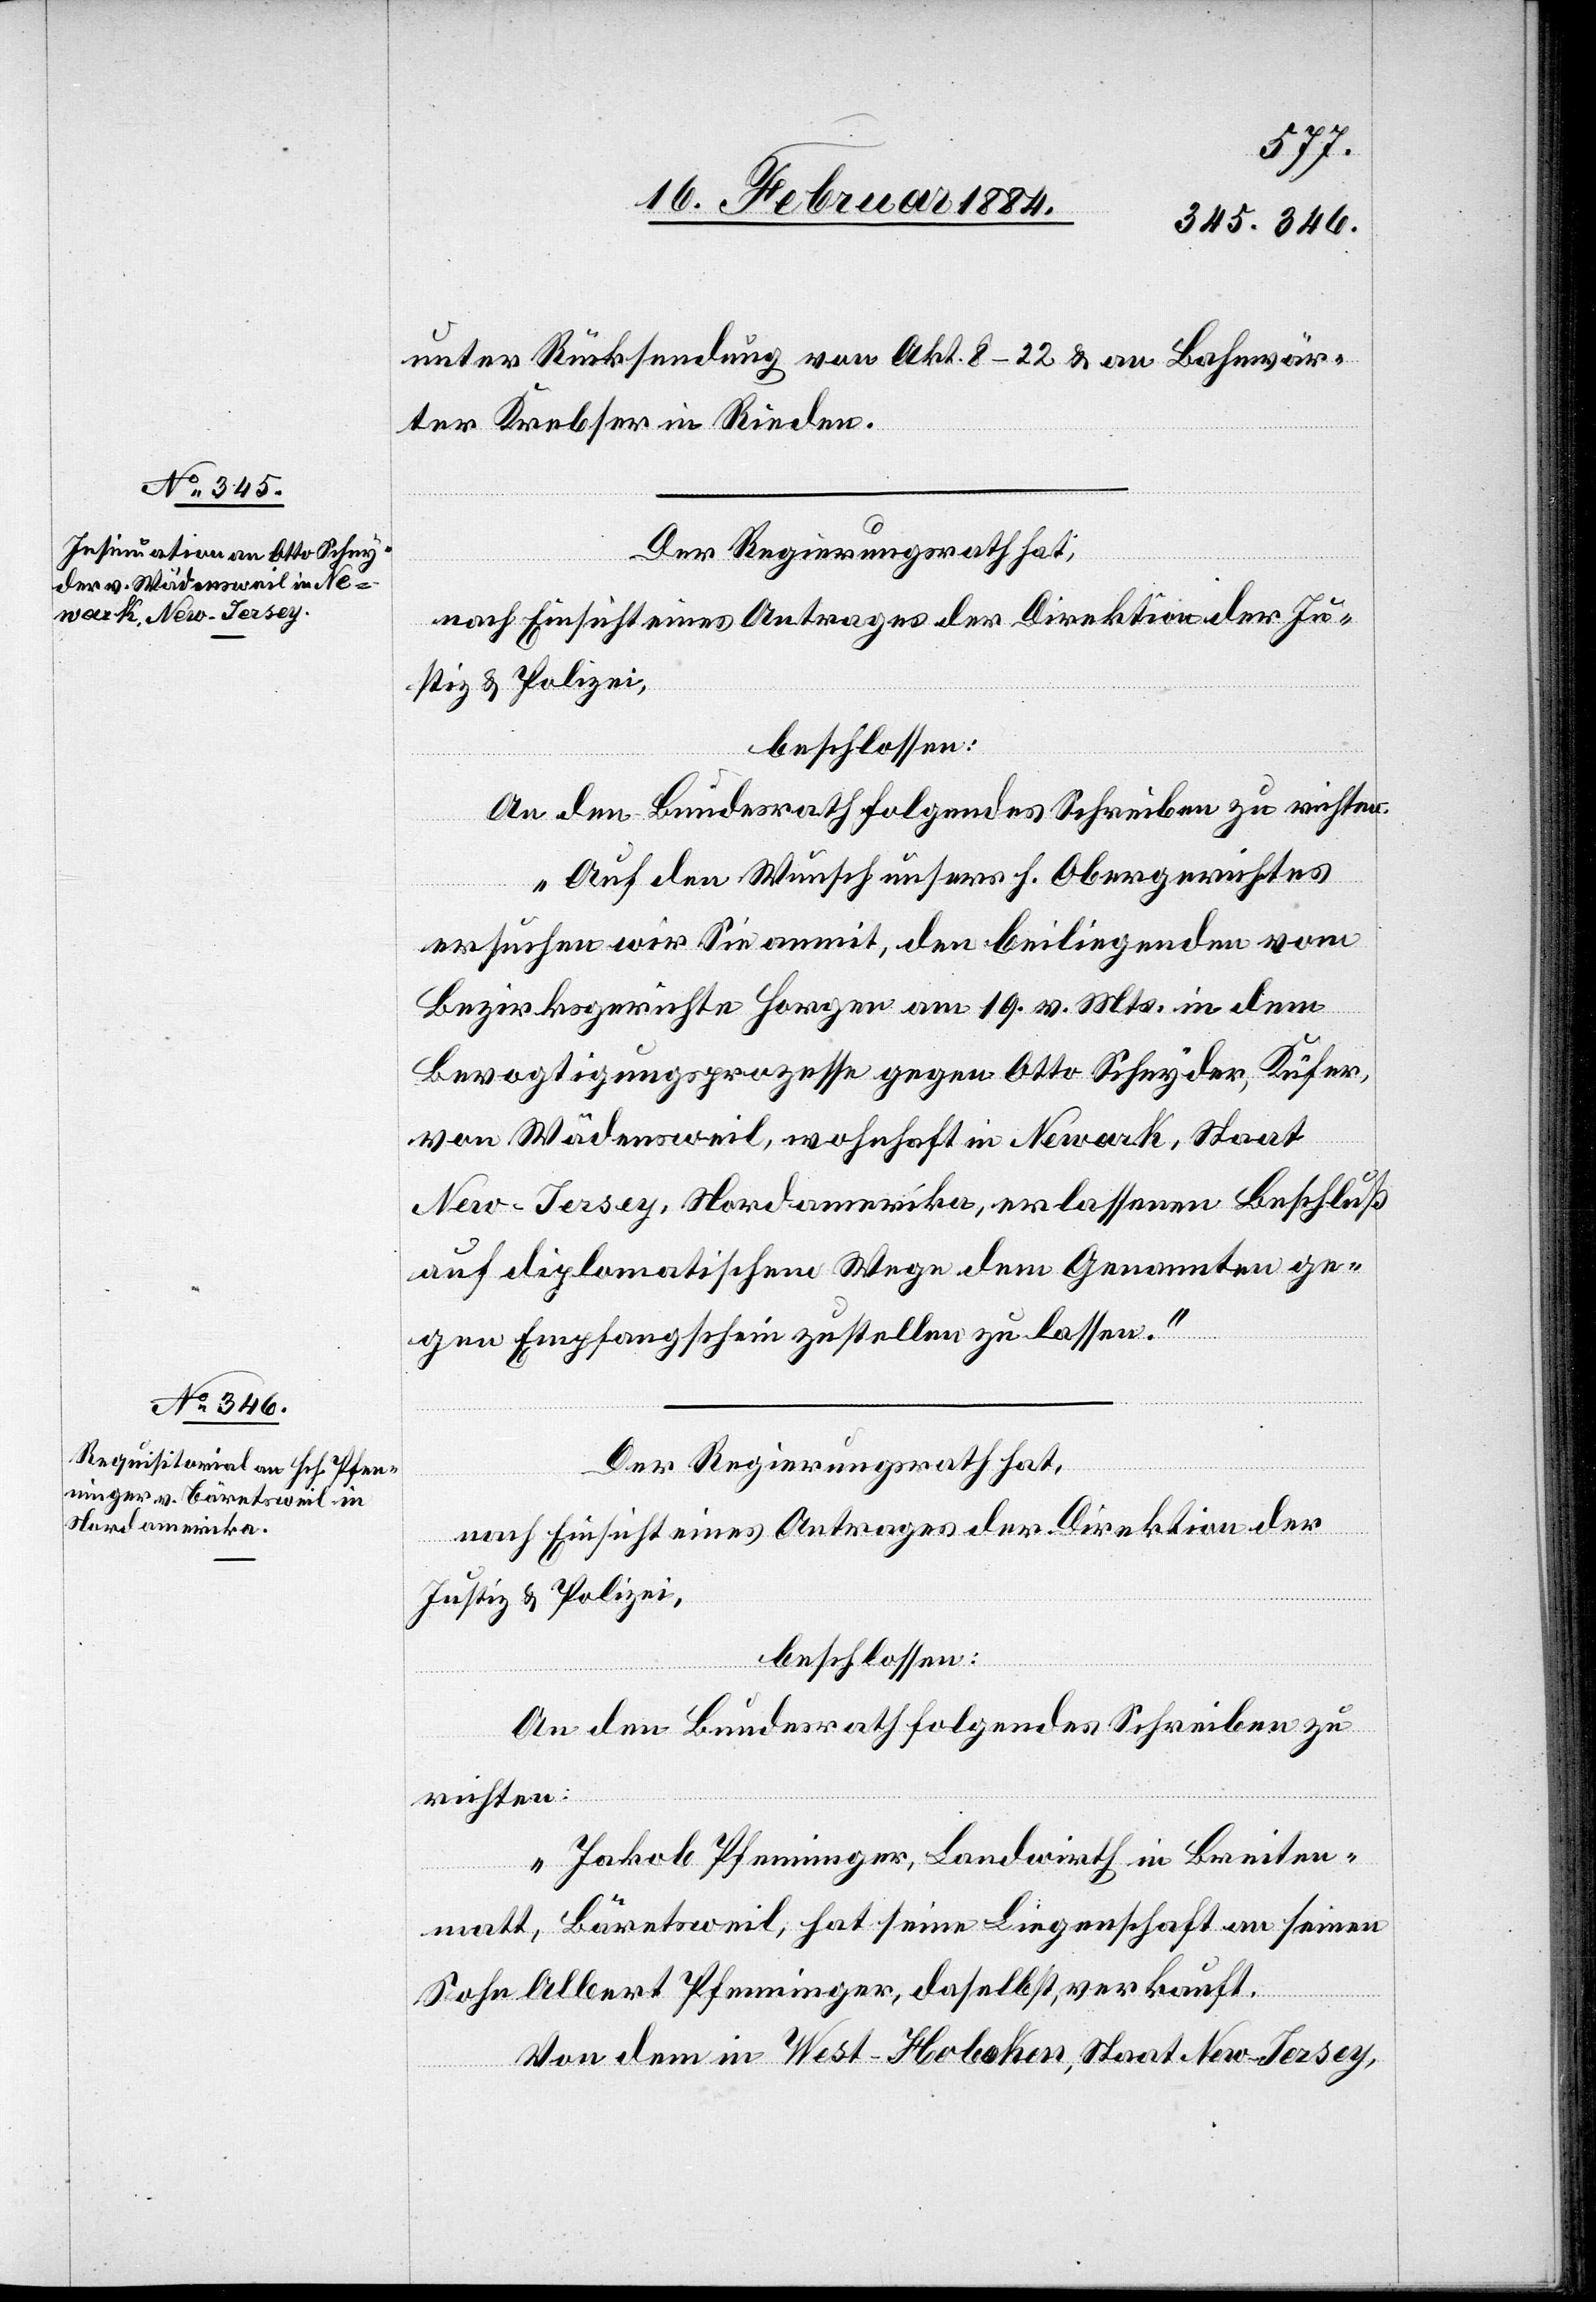
„Auf den Wunsch unseres h. Obergerichtes
ersuchen wir Sie anmit, den beiliegenden vom
Bezirksgerichte Horgen am 19. v. Mts., in dem
Bevogtigungsprozesse gegen Otto Scheyder, Küfer
von Wädensweil, wohnhaft in Newark, Staat
New-Jersey, Nordamerika, erlassenen Beschluß
auf diplomatischem Wege dem Genannten ge¬
gen Empfangschein zustellen zu lassen.“
Der Regierungsrath hat,
nach Einsicht eines Antrages der Direktion der
Justiz & Polizei,
beschlossen:
An den Bundesrath folgendes Schreiben zu
richten:
„Jakob Pfenninger, Landwirth in Breiten¬
matt, Bäretsweil, hat seine Liegenschaft an seinen
Sohn Albert Pfenninger, daselbst, verkauft.
Von dem in West-Hoboken, Staat New-Jersey